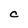
Character: C